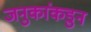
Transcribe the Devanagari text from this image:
जनुकांकडुन